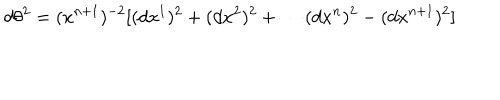
d \theta ^ { 2 } = ( x ^ { n + 1 } ) ^ { - 2 } [ ( d x ^ { 1 } ) ^ { 2 } + ( d x ^ { 2 } ) ^ { 2 } + \cdots ( d x ^ { n } ) ^ { 2 } - ( d x ^ { n + 1 } ) ^ { 2 } ]